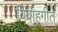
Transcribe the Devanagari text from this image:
विवाहगीते